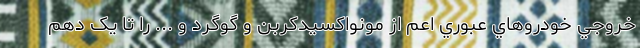
خروجي خودروهاي عبوري اعم از مونواکسیدکربن و گوگرد و ... را تا یک دهم